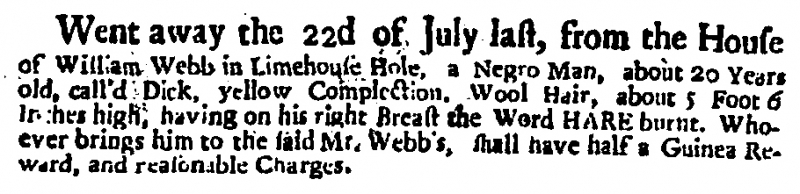
Daily Post, 4 August 1720 (England)
Went away the 22d of July last, from the House of William Webb in Limehouse Hole, a Negro Man, about 20 Years old, call’d Dick, yellow Complection, Wool Hair, about 5 Foot 6 Inches high, having on his right Breast the Word HARE burnt. Whoever brings him to the said Mr. Webb’s, shall have half a Guinea Reward, and reasonable Charges.